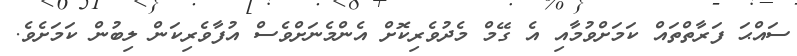
ސައްޙަ ފަރާތްތައް ކަމަށްވުމާއި އެ ގޭމް މެދުވެރިކޮށް އެންމެނަށްވެސް އުފާވެރިކަން ލިބުން ކަމަށެވެ.